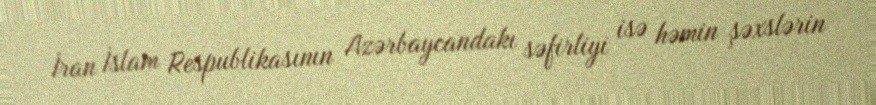
İran İslam Respublikasının Azərbaycandakı səfirliyi isə həmin şəxslərin